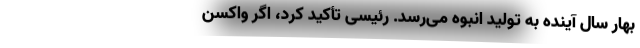
بهار سال آینده به تولید انبوه می‌رسد. رئیسی تأکید کرد، اگر واکسن